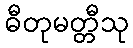
ဓီတုမတ္တီသု